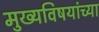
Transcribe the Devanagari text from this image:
मुख्यविषयांच्या